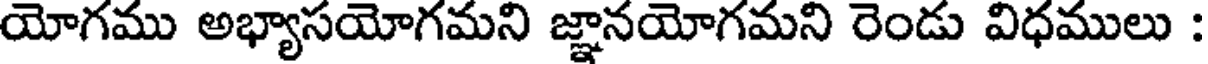
యోగము అభ్యాసయోగమని జ్ఞానయోగమని రెండు విధములు :